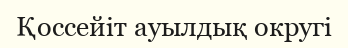
Қоссейіт ауылдық округі